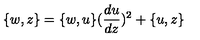
\{ w , z \} = \{ w , u \} ( \frac { d u } { d z } ) ^ { 2 } + \{ u , z \}